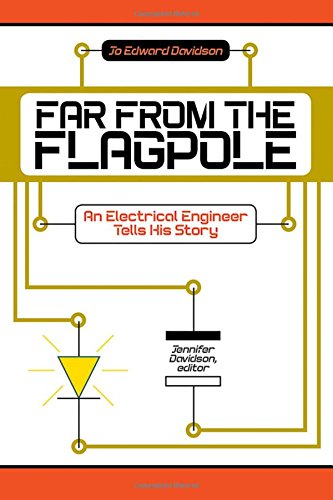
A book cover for Far from the Flagpole: An Electrical Engineer Tells His Story; Jo Edward Davidson; Education & Teaching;